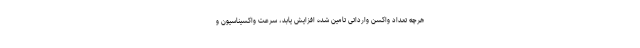
هرچه تعداد واکسن وارداتی تامین شده افزایش یابد، سرعت واکسیناسیون و